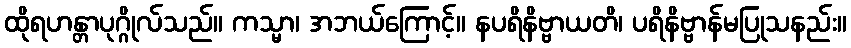
ထိုရဟန္တာပုဂ္ဂိုလ်သည်။ ကသ္မာ၊ အဘယ်ကြောင့်။ နပရိနိဗ္ဗာယတိ၊ ပရိနိဗ္ဗာန်မပြုသနည်း။